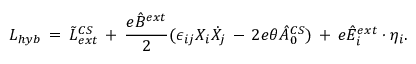
L _ { h y b } \, = \, \tilde { L } \sp { C S } _ { e x t } \, + \, \frac { e \hat { B } \sp { e x t } } { 2 } ( \epsilon _ { i j } X _ { i } \dot { X } _ { j } \, - \, 2 e \theta \hat { A } _ { 0 } \sp { C S } ) \, + \, e \hat { E } _ { i } \sp { e x t } \cdot \eta _ { i } .